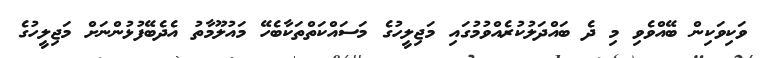
ވަކިވަކިން ބޭއްވެވި މި ދެ ބައްދަލުކުރެއްވުމުގައި މަޖިލީހުގެ މަސައްކަތްތަކާބެހޭ މައުލޫމާތު އެދެބޭފުޅުންނަށް މަޖިލީހުގެ